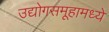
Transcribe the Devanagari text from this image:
उद्योगसमूहामध्ये